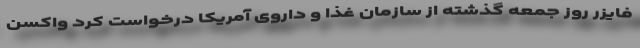
فایزر روز جمعه گذشته از سازمان غذا و داروی آمریکا درخواست کرد واکسن